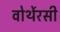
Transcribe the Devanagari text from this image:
वोर्थेरसी